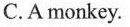
C.A monkey.